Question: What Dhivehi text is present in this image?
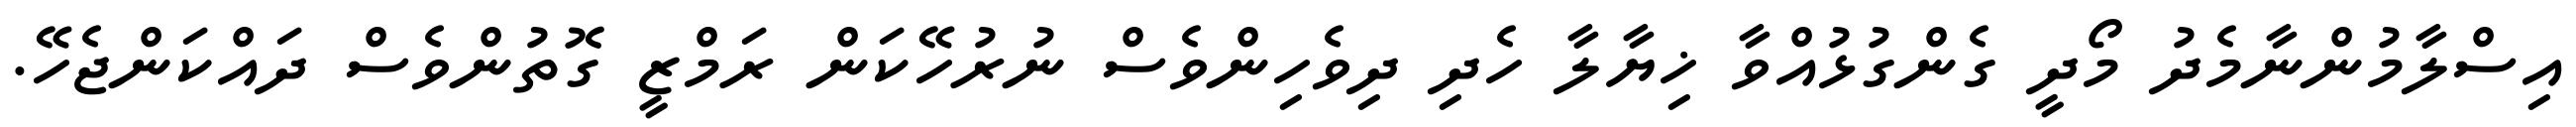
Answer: އިސްލާމުންނާމެދު މޯދީ ގެންގުޅުއްވާ ޚިޔާލާ ހެދި ދިވެހިންވެސް ނުރުހޭކަން ރަމްޒީ ގޮތުންވެސް ދައްކަންޖެހޭ.